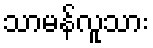
သာမန်လူသား